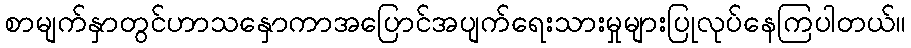
စာမျက်နှာတွင်ဟာသနှောကာအပြောင်အပျက်ရေးသားမှုများပြုလုပ်နေကြပါတယ်။